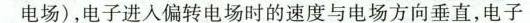
电场)，电子进入偏转电场时的速度与电场方向垂直，电子